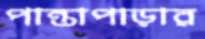
পান্তাপাড়ার